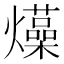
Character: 𤒶